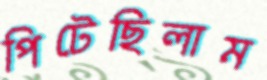
পিটেছিলাম